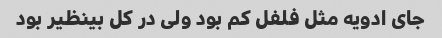
جای ادویه مثل فلفل کم بود ولی در کل بینظیر بود